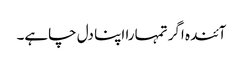
آئندہ اگر تمہارا اپنا دل چاہے۔